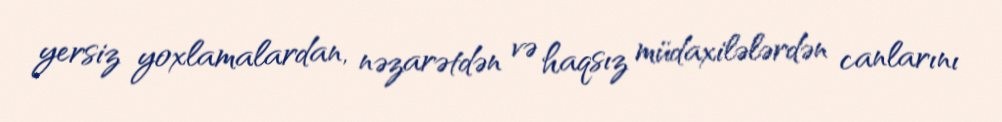
yersiz yoxlamalardan, nəzarətdən və haqsız müdaxilələrdən canlarını